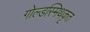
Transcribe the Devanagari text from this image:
गोल्डस्मिथकृत